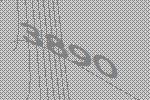
3890